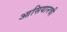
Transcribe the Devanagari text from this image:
आसियानची